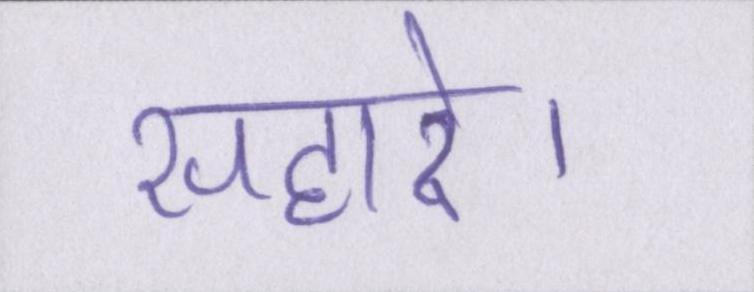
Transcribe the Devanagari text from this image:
सहारे।